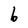
Character: b